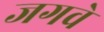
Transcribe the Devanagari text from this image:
जगवे